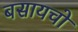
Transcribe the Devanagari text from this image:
बसायचो